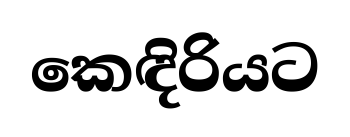
කෙඳිරියට